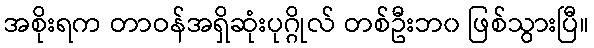
အစိုးရက တာဝန်အရှိဆုံးပုဂ္ဂိုလ် တစ်ဦးဘ၀ ဖြစ်သွားပြီ။